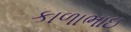
કાળાભાઇ